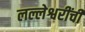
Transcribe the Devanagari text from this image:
लल्लेश्वरींची